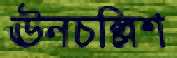
ঊনচল্লিশ